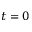
t = 0